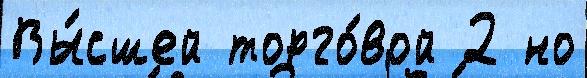
Вы́сшей торго́вой 2 но